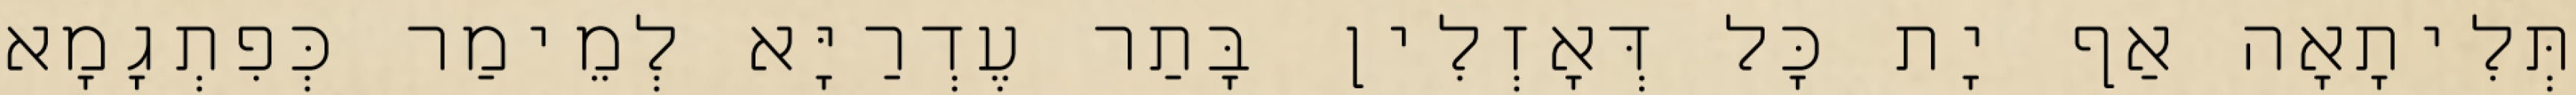
תְּלִיתָאָה אַף יָת כָּל דְּאָזְלִין בָּתַר עֶדְרַיָּא לְמֵימַר כְּפִתְגָמָא